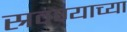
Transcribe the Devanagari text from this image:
स्रवण्याच्या